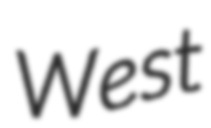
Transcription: West